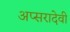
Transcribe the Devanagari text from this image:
अप्सरादेवी